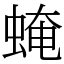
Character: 𧌄